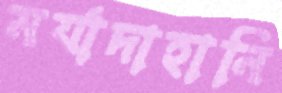
মর্যাদাহানি